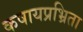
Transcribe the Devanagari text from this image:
कषायप्रभ्रिता